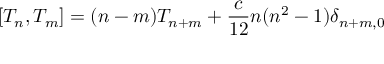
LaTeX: \left[ T _ { n } , T _ { m } \right] = ( n - m ) T _ { n + m } + \frac { c } { 1 2 } n ( n ^ { 2 } - 1 ) \delta _ { n + m , 0 }